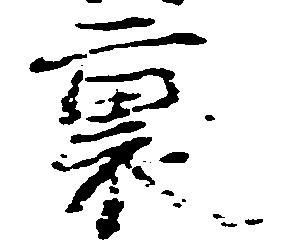
裏